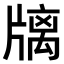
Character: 𤗫